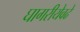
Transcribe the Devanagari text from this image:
घागरीयेवढे